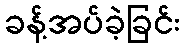
ခန့်အပ်ခဲ့ခြင်း